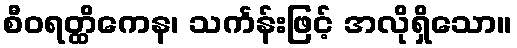
စီဝရတ္ထိကေန၊ သင်္ကန်းဖြင့် အလိုရှိသော။